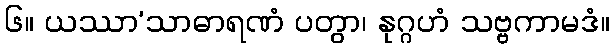
၆။ ယဿာ’သာဓာရဏံ ပတွာ၊ နုဂ္ဂဟံ သဗ္ဗကာမဒံ။